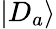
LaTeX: |D_{a}\rangle